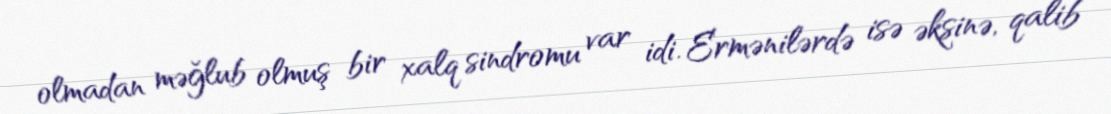
olmadan məğlub olmuş bir xalq sindromu var idi. Ermənilərdə isə əksinə, qalib